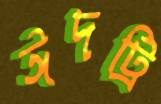
ঈদট্রি